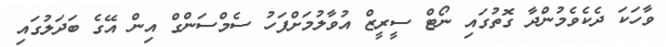
ވާހަކަ ދެކެވެމުންދާ ގޮތުގައި ނޯޓް ސީރީޒް އުވާލުމަށްފަހު ސެމްސަންގް އިން އޭގެ ބަދަލުގައި